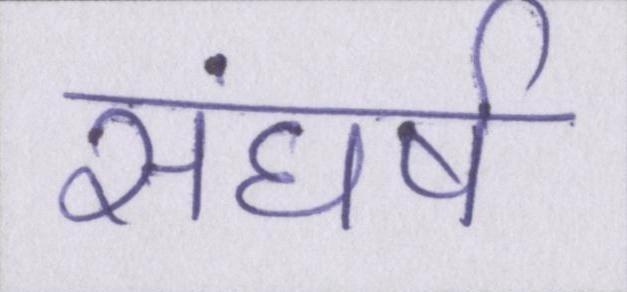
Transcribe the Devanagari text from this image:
संघर्ष